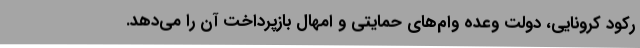
رکود کرونایی، دولت وعده وام‌های حمایتی و امهال بازپرداخت آن را می‌دهد.